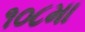
૧૦૮મા